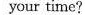
your time?